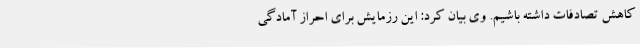
کاهش تصادفات داشته باشیم. وی بیان کرد: این رزمایش برای احراز آمادگی